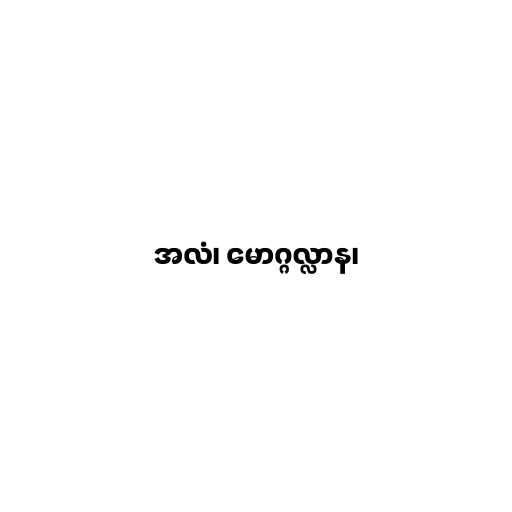
အလံ၊ မောဂ္ဂလ္လာန၊